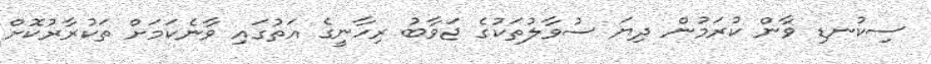
ސިކުނޑި ވާން ކުރަމުން ދިޔަ ސުވާލުތަކުގެ ޖަވާބު ރިހާނީގެ އަތުގައި ވާނެކަމަށް ތަކުރާރުކޮށް